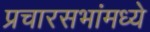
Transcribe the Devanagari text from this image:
प्रचारसभांमध्ये